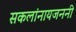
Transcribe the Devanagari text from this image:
सकलांनायजननी